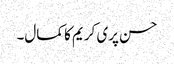
حسن پری کریم کا کمال۔